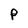
Character: p